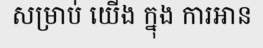
សម្រាប់ យើង ក្នុង ការអាន